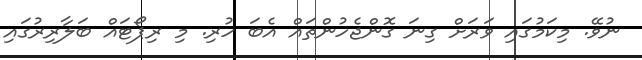
ނުވޭ. މިކަމުގައި ވަރަށް ގިނަ ގޮންޖެހުންތައް އެބަ ހުރި. މި ރިޕޯޓައް ބަލާރިރުގައި